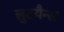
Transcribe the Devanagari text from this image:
लुटयैन्स